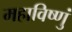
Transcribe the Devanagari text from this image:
महाविष्णुं